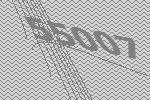
55007